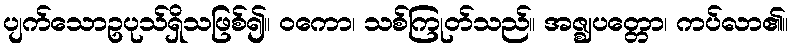
ပျက်သောဥပုသ်ရှိသဖြစ်၍။ ဝကော၊ သစ်ကြုတ်သည်။ အဇ္ဈပတ္တော၊ ကပ်လာ၏။